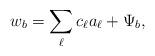
LaTeX: \begin{align*}w_b = \sum_{\ell} c_\ell a_\ell + \Psi_b,\end{align*}